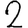
Digit: 2